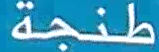
طَنْجَة